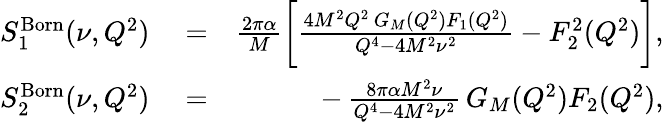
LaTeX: \begin{array}{rlr}{S_{1}^{\mathrm{Born}}(\nu,Q^{2})}&{{}=}&{\frac{2\pi\alpha}{M}\bigg[\frac{4M^{2}Q^{2}\, G_{M}(Q^{2})F_{1}(Q^{2})}{Q^{4}-4M^{2}\nu^{2}}-F_{2}^{2}(Q^{2})\bigg],}\\ {S_{2}^{\mathrm{Born}}(\nu,Q^{2})}&{{}=}&{-\, \frac{8\pi\alpha M^{2}\nu}{Q^{4}-4M^{2}\nu^{2}}\, G_{M}(Q^{2})F_{2}(Q^{2}),}\end{array}